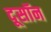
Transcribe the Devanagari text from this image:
दूसॉन